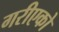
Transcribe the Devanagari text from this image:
गरीएको